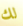
لك